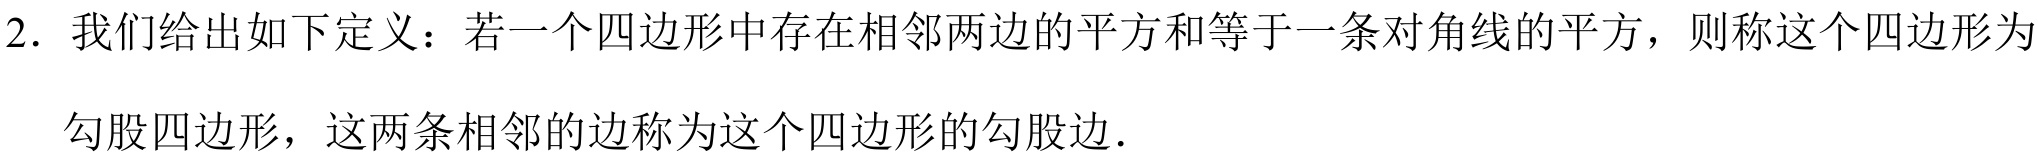
2. 我们给出如下定义：若一个四边形中存在相邻两边的平方和等于一条对角线的平方，则称这个四边形为
勾股四边形，这两条相邻的边称为这个四边形的勾股边.